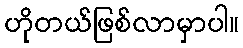
ဟိုတယ်ဖြစ်လာမှာပါ။